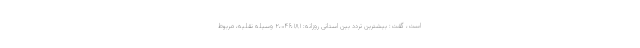
است، گفت: بیشترین تردد بین استانی روزانه: ۲،۰۴۶،۱۸۱ وسیله نقلیه، مربوط